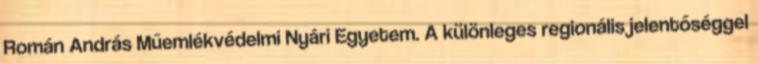
Román András Műemlékvédelmi Nyári Egyetem. A különleges regionális jelentőséggel